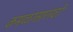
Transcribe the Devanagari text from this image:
कमळासारखी